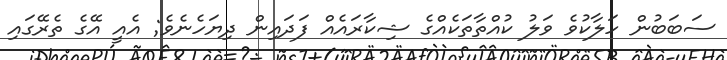
ސަބަބުން ހަލާކުވެ ވަލު ކުއްތާތަކެއްގެ ޝިކާރައެއް ފަދައިން ދިޔަހެނެވެ; އެއީ އޭގެ ތެރޭގައި